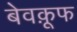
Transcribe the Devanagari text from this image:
बेवक़ूफ